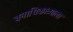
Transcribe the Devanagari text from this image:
वनाधिकाऱ्याला